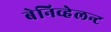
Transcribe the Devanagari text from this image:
बेनिव्हेलन्ट